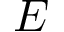
{ \cal E }